Tartu_pedagoogiumi_aruanded, lk 72
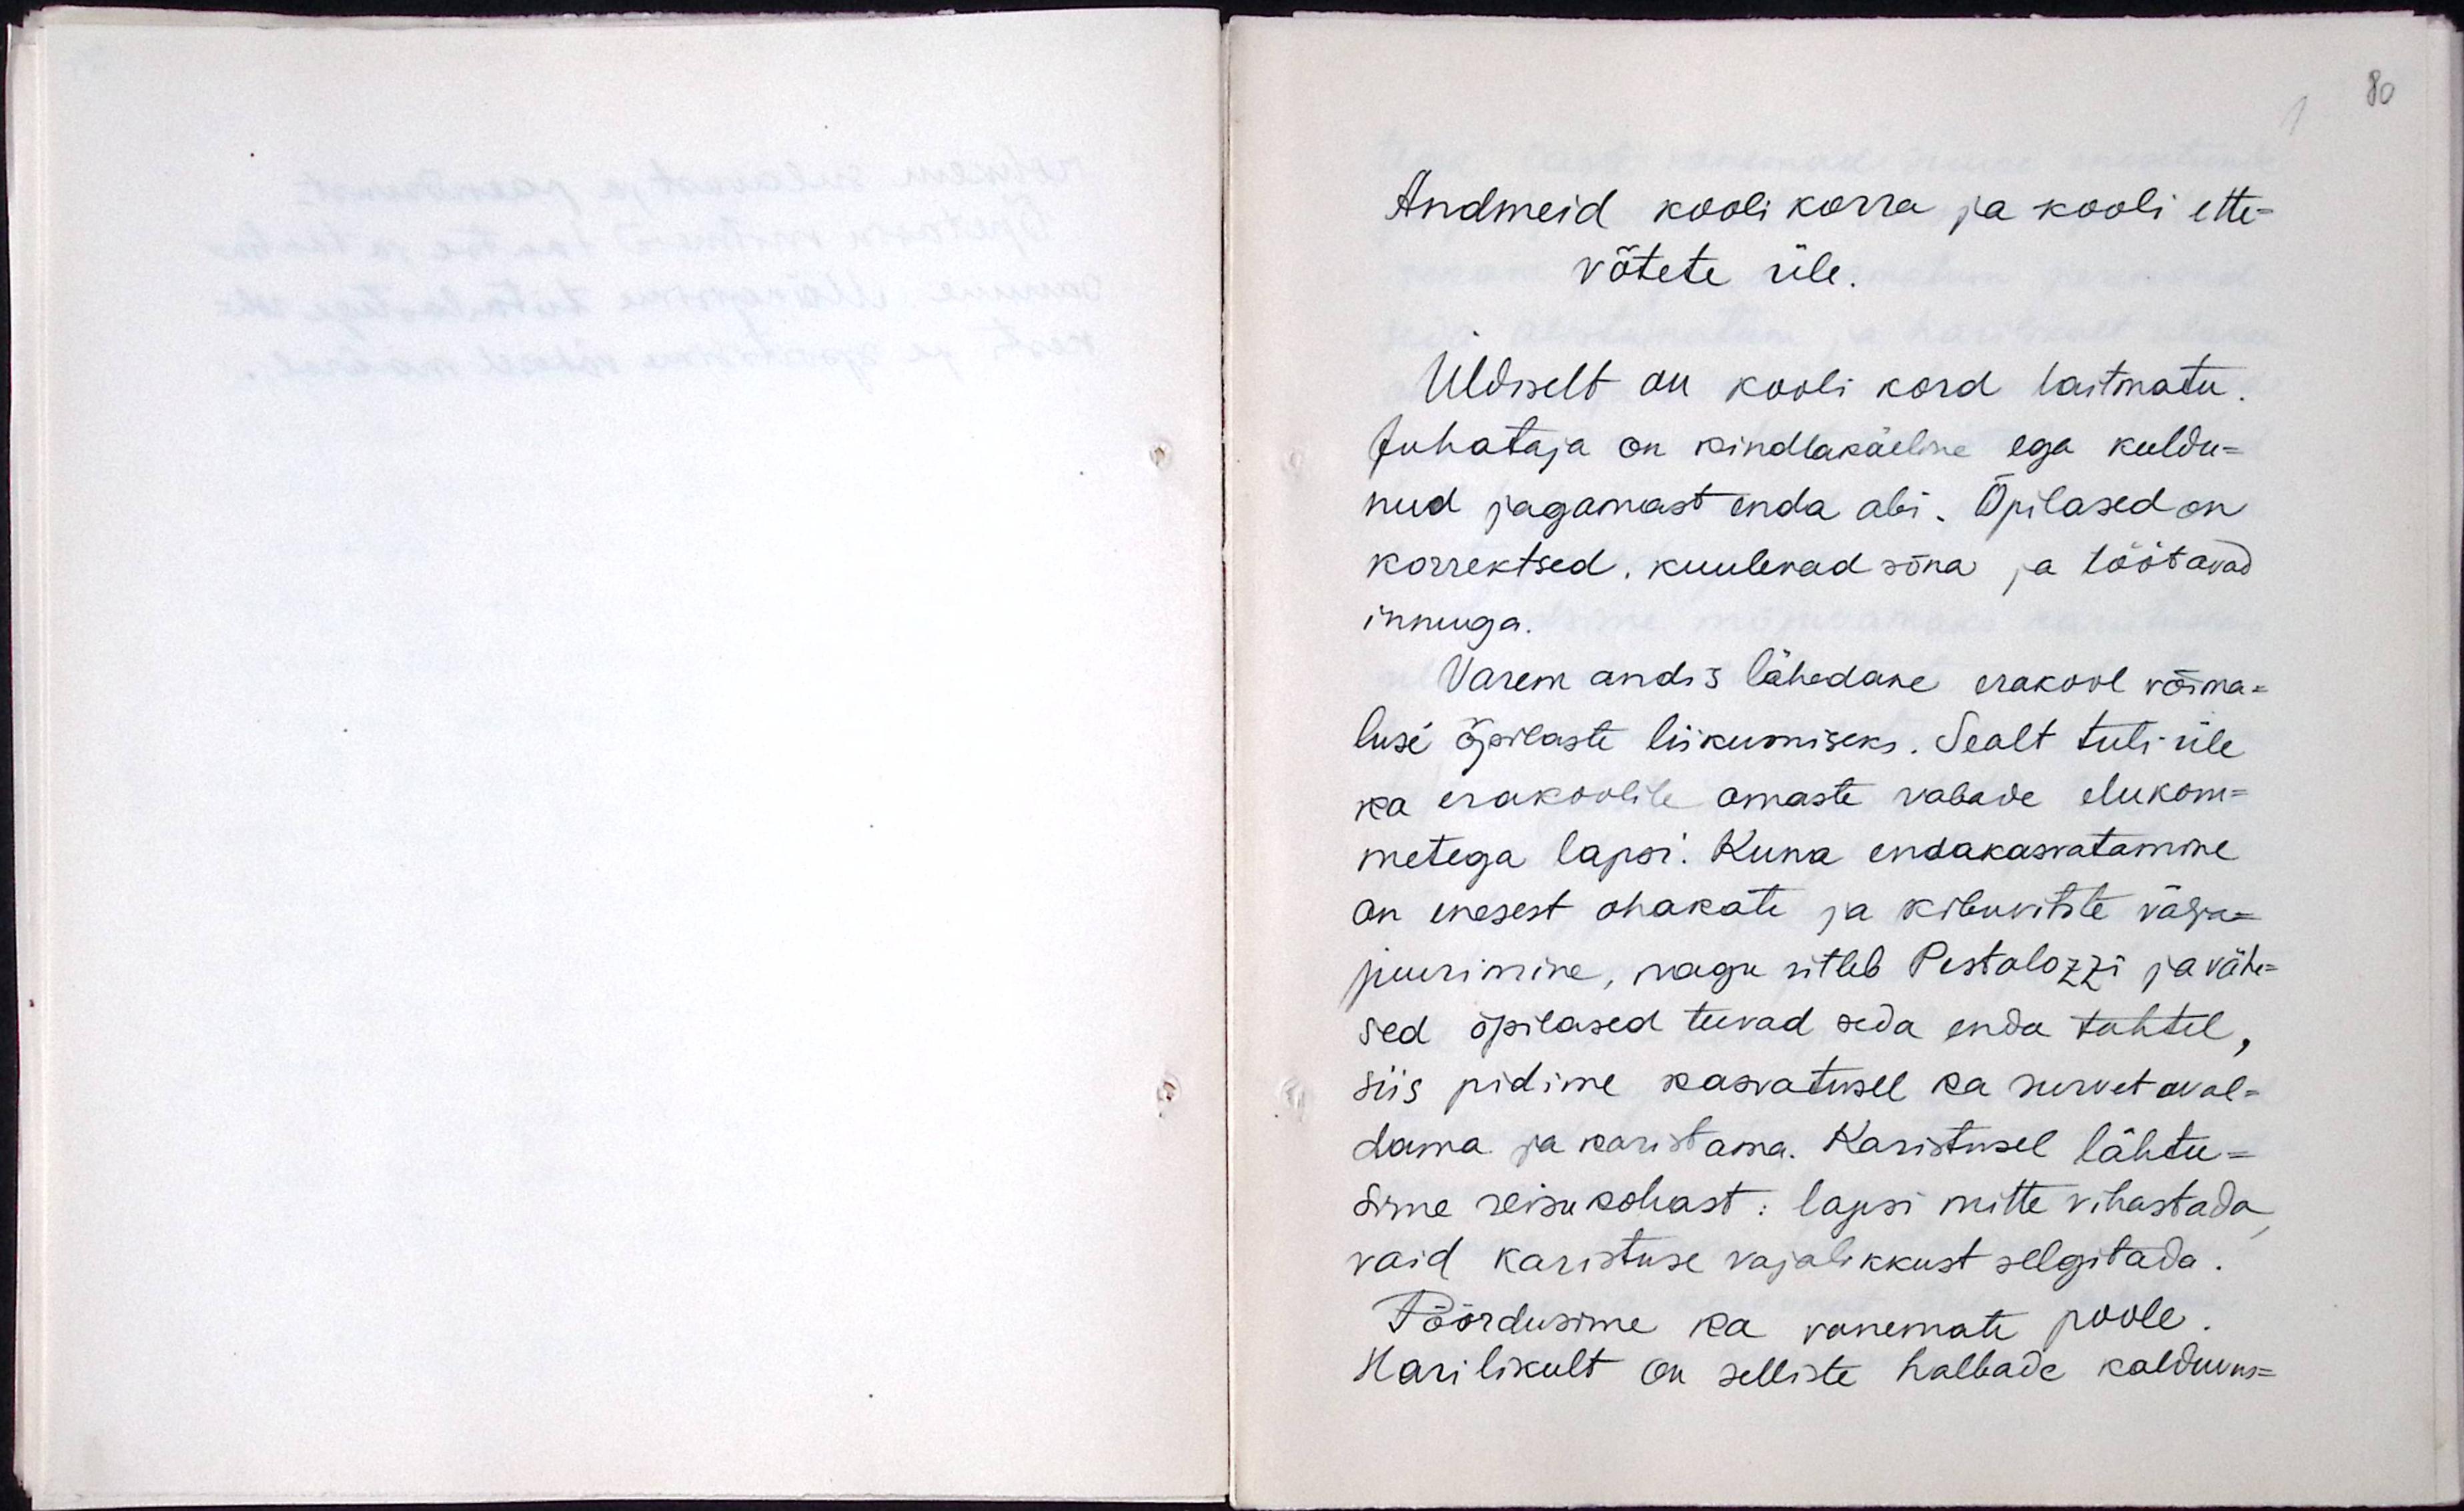
Andmeid kooli korra ja kooli ette-
võtete üle
Üldiselt on kooli kord laitmatu.
Juhataja on kindlakäeline ega keeldu-
nud jagamast enda abi. Õpilased on
korrektsed, kuulevad sõna ja töötavad
innuga.
Varem andis lähedane erakool võima-
lusi õpilaste liikumiseks. Sealt tuli üle
ka erakoolile omaste vabade elukom-
metega lapsi. Kuna endakasvatamine
on enesest ohakate ja kibuvitste välja-
juurimine, nagu ütleb Pestalozzi ja vähe-
sed õpilased teevad seda enda tahtel,
siis pidime kasvatusel ka survet aval-
dama ja karistama. Karistusel lähtu-
sime seisukohast: lapsi mitte vihastada,
vaid karistuse vajalikkust selgitada.
Pöördusime ka vanemate poole.
Harilikult on selliste halbade kalduvus-